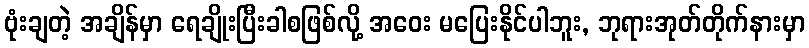
ဗုံးချတဲ့ အချိန်မှာ ရေချိုးပြီးခါစဖြစ်လို့ အဝေး မပြေးနိုင်ပါဘူး, ဘုရားအုတ်တိုက်နားမှာ